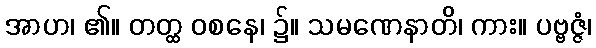
အာဟ၊ ၏။ တတ္ထ ဝစနေ၊ ၌။ သမဏေနာတိ၊ ကား။ ပဗ္ဗဇ္ဇံ၊